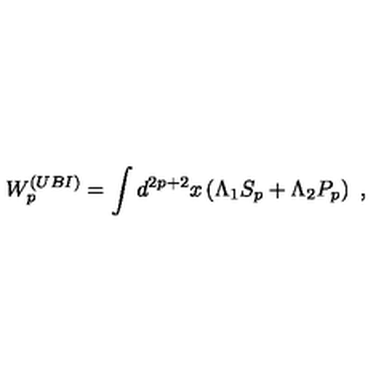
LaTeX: W _ { p } ^ { ( U B I ) } = \int d ^ { 2 p + 2 } x \left( \Lambda _ { 1 } S _ { p } + \Lambda _ { 2 } P _ { p } \right) \ ,